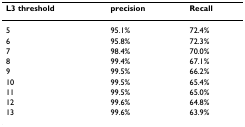
| L3 threshold | precision | Recall |
 | --- | --- | --- |
 | 5 | 95.1% | 72.4% |
 | 6 | 95.8% | 72.3% |
 | 7 | 98.4% | 70.0% |
 | 8 | 99.4% | 67.1% |
 | 9 | 99.5% | 66.2% |
 | 10 | 99.5% | 65.4% |
 | 11 | 99.5% | 65.0% |
 | 12 | 99.6% | 64.8% |
 | 13 | 99.6% | 63.9% |